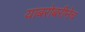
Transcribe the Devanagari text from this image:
याबरोबरीनेच